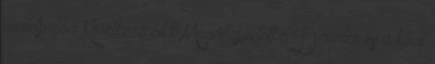
menetpróba Következő cikk Megállapodott a Daimler és a kínai